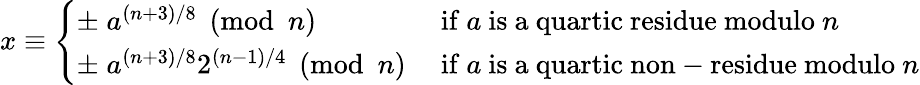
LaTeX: x\equiv{\left\{ \begin{array}{ll}{\pm\; a^{(n+3)/8}{\pmod{n}}}&{{\mathrm{~if~}}a{\mathrm{~is~a~quartic~residue~modulo~}}n}\\ {\pm\; a^{(n+3)/8}2^{(n-1)/4}{\pmod{n}}}&{{\mathrm{~if~}}a{\mathrm{~is~a~quartic~non-residue~modulo~}}n}\end{array}\right.}